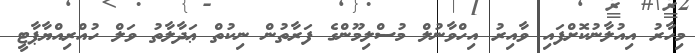
މިހާރު އިއުލާނުކޮށްފައި ވާއިރު އިހްވާނުލް މުސްލިމޫންގެ ފަރާތުން ނިކުތް ޢަދާލާތު ވަލް ހުއްރިއްޔާޕާޓީ